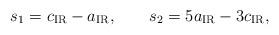
LaTeX: \begin{align*}s_{1}=c_{{\rm IR}}-a_{{\rm IR}},~~~~~~s_{2}=5a_{{\rm IR}}-3c_{{\rm IR}},\end{align*}